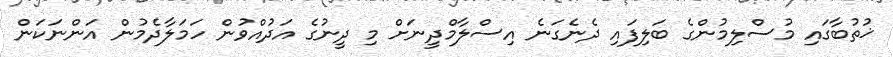
ޚުތުބާގައި މުސްލިމުންގެ ބަލިފައި ދެނެގަނެ އިސްލާމްދީނަށް މި ދީނުގެ އަދުއްވުން ހަމަލާދެމުން އަންނަކަން